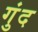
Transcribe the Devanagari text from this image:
गुंद